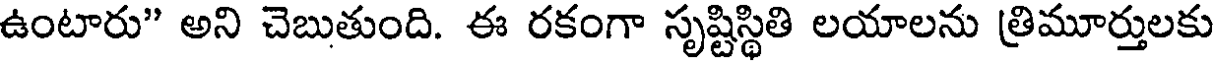
ఉంటారు" అని చెబుతుంది. ఈ రకంగా సృష్టిస్థితి లయాలను త్రిమూర్తులకు